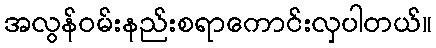
အလွန်ဝမ်းနည်းစရာကောင်းလှပါတယ်။